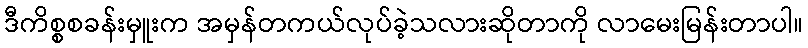
ဒီကိစ္စစခန်းမှူးက အမှန်တကယ်လုပ်ခဲ့သလားဆိုတာကို လာမေးမြန်းတာပါ။